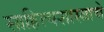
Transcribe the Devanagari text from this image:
साहित्यशास्त्राचे